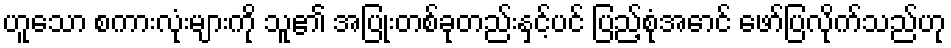
ဟူသော စကားလုံးများကို သူ၏ အပြုံးတစ်ခုတည်းနှင့်ပင် ပြည့်စုံအောင် ဖော်ပြလိုက်သည်ဟု